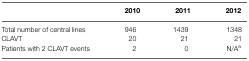
|  | 2010 | 2011 | 2012 |
 | --- | --- | --- | --- |
 | Total number of central lines | 946 | 1439 | 1348 |
 | CLAVT | 20 | 21 | 21 |
 | Patients with 2 CLAVT events | 2 | 0 | N/Aa |